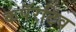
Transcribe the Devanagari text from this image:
कंपॅरटिव